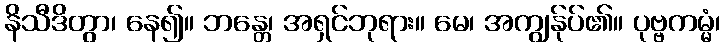
နိသီဒိတွာ၊ နေ၍။ ဘန္တေ၊ အရှင်ဘုရား။ မေ၊ အကျွန်ုပ်၏။ ပုဗ္ဗကမ္မံ၊